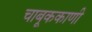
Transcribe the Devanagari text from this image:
चाबूककाणी